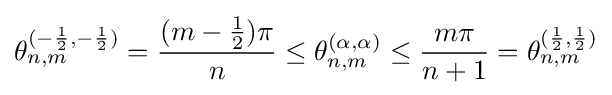
\theta _{n,m}^{(-{\frac {1}{2}},-{\frac {1}{2}})}={\frac {(m-{\tfrac {1}{2}})\pi }{n}}\leq \theta _{n,m}^{(\alpha ,\alpha )}\leq {\frac {m\pi }{n+1}}=\theta _{n,m}^{({\frac {1}{2}},{\frac {1}{2}})}